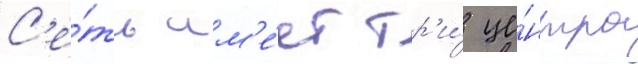
С'е́ть им'е́ет тр'и́ це́нтра